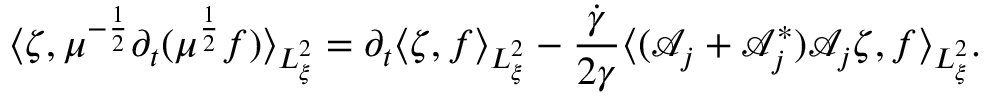
\langle \zeta , \mu ^ { - \frac { 1 } { 2 } } \partial _ { t } ( \mu ^ { \frac { 1 } { 2 } } f ) \rangle _ { L _ { \xi } ^ { 2 } } = \partial _ { t } \langle \zeta , f \rangle _ { L _ { \xi } ^ { 2 } } - \frac { \dot { \gamma } } { 2 \gamma } \langle ( \mathcal A _ { j } + \mathcal A _ { j } ^ { * } ) \mathcal A _ { j } \zeta , f \rangle _ { L _ { \xi } ^ { 2 } } .